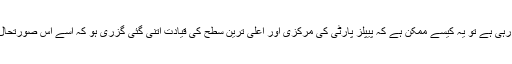
اگر پارٹی کی پنجابی لیڈر شپ اس طرح سوچ رہی ہے تو یہ کیسے ممکن ہے کہ پیپلز پارٹی کی مرکزی اور اعلیٰ ترین سطح کی قیادت اتنی گئی گزری ہو کہ اسے اس صورتحال کی سنگینی کا اندازہ، شعور اور ادراک نہ ہو۔